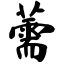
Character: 薷